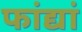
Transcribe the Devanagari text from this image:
फांद्यां